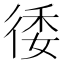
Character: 㣦